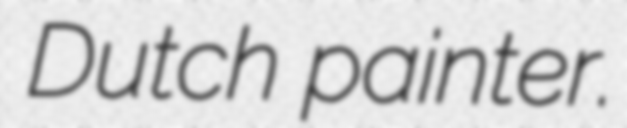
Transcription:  Dutch painter.